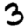
Digit: 3